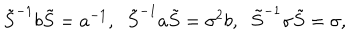
\tilde { S } ^ { - 1 } b \tilde { S } = a ^ { - 1 } , \; \; \tilde { S } ^ { - 1 } a \tilde { S } = \sigma ^ { 2 } b , \; \; \tilde { S } ^ { - 1 } \sigma \tilde { S } = \sigma ,